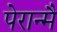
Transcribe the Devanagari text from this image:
पेरान्मै